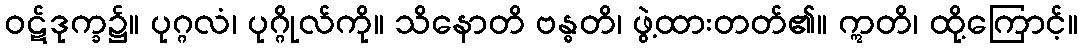
ဝဋ်ဒုက္ခ၌။ ပုဂ္ဂလံ၊ ပုဂ္ဂိုလ်ကို။ သိနောတိ ဗန္ဓတိ၊ ဖွဲ့ထားတတ်၏။ ဣတိ၊ ထို့ကြောင့်။